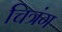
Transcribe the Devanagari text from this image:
चित्रंग